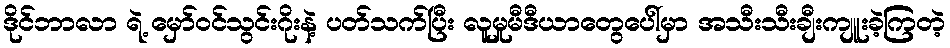
ဒိုင်ဘာလာ ရဲ့ မှော်ဝင်သွင်းဂိုးနဲ့ ပတ်သက်ပြီး လူမှုမီဒီယာတွေပေါ်မှာ အသီးသီးချီးကျူးခဲ့ကြတဲ့